Code of medical and sanitary regulations for the guidance of medical officers serving in the Madras Presidency - Volume I
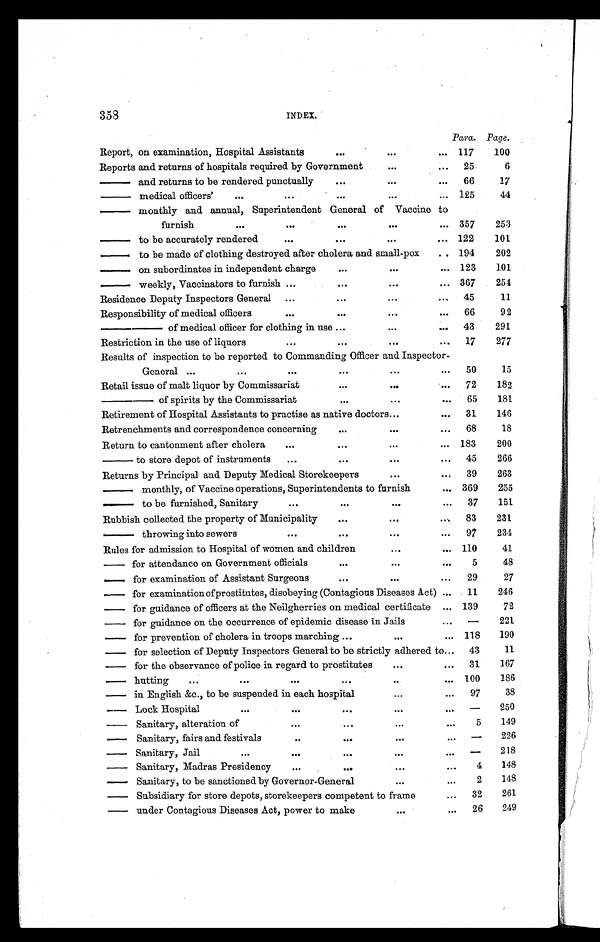
358
INDEX.
Para. Page.
Report, on examination, Hospital Assistants
...
...
... 117
100
Reports and returns of hospitals required by Government
...
... 25
6
—— and returns to be rendered punctually
...
...
...
66
17
—— medical officers'
...
...
...
...
... 125
44
—— monthly and annual, Superintendent General of Vaccine to
furnish
...
...
...
...
... 357
253
—— t o be accurat el y rendered
...
...
...
... 122
101
—— to be made of clothing destroyed after cholera and small-pox
.. 194
202
—— on subordinates in independent charge
...
...
... 123
101
—— weekly, Vaccinators to furnish ...
...
...
. . . 367
254
Residence Deputy Inspectors General ...
...
...
. . . 45
11
Responsibility of medical officers
...
...
...
... 66
92
— — — — o f m e d i c a l o f f i c e r f o r c l o t h i n g i n u s e
...
...
. . . 43
291
Restriction in the use of liquors
...
...
...
... 17
277
Results of inspection to be reported to Commanding Officer and Inspector-
General ...
...
...
...
...
. . . 50
15
Retail issue of malt liquor by Commissariat
...
...
. . . 72
182
——— of spirits by the Commissariat
...
...
. . . . 65
181
Retirement of Hospital Assistants to practise as native doctors ...
... 31
146
Retrenchments and correspondence concerning ...
...
...
... 68
18
Return to cantonment after cholera
...
...
...
... 183
200
—— to store depot of instruments
...
...
...
... 45
266
Returns by Principal and Deputy Medical Storekeepers
...
... 39
263
—— monthly, of Vaccine operations, Superintendents to furnish
... 369
255
—— to be furnished, Sanitary
...
...
...
... 37
151
Rubbish collected the property of Municipality
...
...
... 83
231
— — t h r o w i n g i n t o s e w e r s
...
...
...
. . . 97
234
Rules for admission to Hospital of women and children
...
. . . 110
41
— for attendance on Government officials
...
...
. . .
5
48
— for examination of Assistant Surgeons
...
...
...
29
27
— for examination of prostitutes, disobeying (Contagious Diseases Act) ...
11
246
— for guidance of officers at the Neilgherries on medical certificate ... 139
72
— for guidance on the occurrence of epidemic disease in Jails
...
—
221
— for prevention of cholera in troops marching ...
. . .
. . . 118
190
— for selection of Deputy Inspectors General to be strictly adhered to ... 43
11
— for the observance of police in regard to prostitutes
...
. . . 31
167
— hutting
. . .
...
...
...
..
... 100
186
— in English &c., to be suspended in each hospital
...
...
97
38
— Lock Hospital
...
. . .
...
...
. . . —
250
— Sanitary, alteration of
...
...
. . .
. . .
5
149
— Sanitary, fairs and festivals
..
...
...
. . .
—
226
— S a n i t a r y , J a i l
. . .
...
...
. . .
. . .
—
218
— Sanitary, Madras Presidency
...
...
...
...
4
148
— Sanitary, to be sanctioned by Governor-General
...
...
2
148
— Subsidiary for store depots, storekeepers competent to frame
...
32
261
— u n d e r C o n t a g i o u s D i s e a s e s A c t , p o w e r t o m a k e
. . .
...
26
249